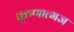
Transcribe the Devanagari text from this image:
कृष्णात्मज